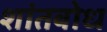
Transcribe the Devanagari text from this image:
शांतबोध